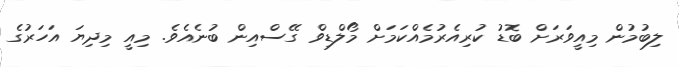
ލިބުމުން މިއީވަރަށް ބޮޑު ކުރިއެރުމެއްކަމަށް މޯލްޑިވް ގޭސްއިން ބުނެއެވެ. މިއީ މިދިޔަ އަހަރުގެ